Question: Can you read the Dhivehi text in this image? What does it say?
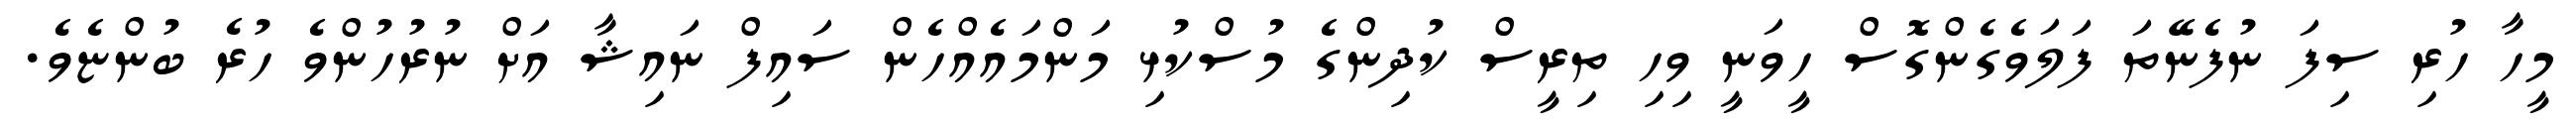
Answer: މީހާ ހުރި ސިފަ ނުފެނޭތަ ފަލަވެގެންގޮސް ހީވަނީ ވިހި ތިރީސް ކުދިންގެ މުސްކުޅި މަންމައެއްހެން ސައިފް ނައިޝާ އަށް ނުރުހުންވެ ހުރެ ބުންޏެވެ.